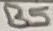
Text: B5